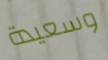
وسعيدة